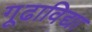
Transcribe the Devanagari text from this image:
गूढाविद्या